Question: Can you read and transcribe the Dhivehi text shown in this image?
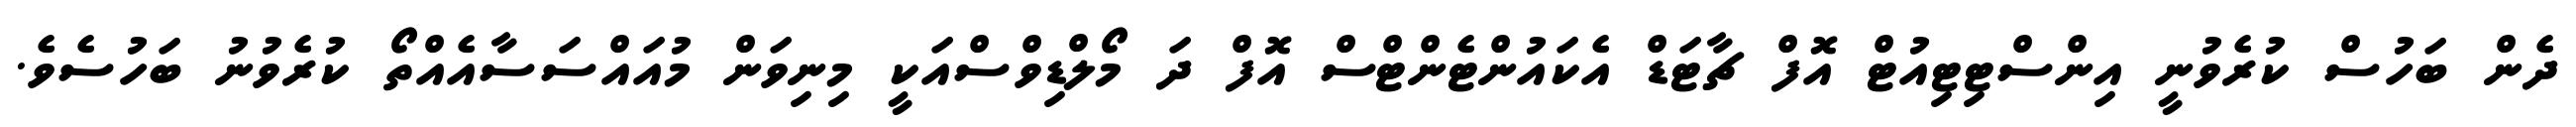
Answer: ދެން ބަހުސް ކުރެވުނީ އިންސްޓިޓިއުޓް އޮފް ޗާޓަޑް އެކައުންޓެންޓްސް އޮފް ދަ މޯލްޑިވްސްއަކީ މިނިވަން މުއައްސަސާއެއްތޯ ކުރެވުނު ބަހުސެވެ.